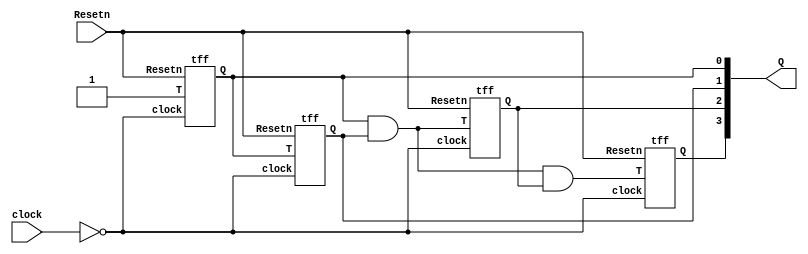
module suc(clock,Resetn,Q);
input clock,Resetn;
output [3:0]Q;
tff s0(1'b1,~clock,Resetn,Q[0]);
tff s1(Q[0],~clock,Resetn,Q[1]);
tff s2(Q[0]&Q[1],~clock,Resetn,Q[2]);
tff s3(Q[0]&Q[1]&Q[2],~clock,Resetn,Q[3]);
endmodule

module tff(T,clock,Resetn,Q);
input T,clock,Resetn;
output reg Q;
always @ (posedge clock)
begin
if(!Resetn)
	Q <= 0;
else
	if(T)
		Q <= ~Q;
	else
		Q <= Q;
end
endmodule